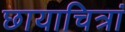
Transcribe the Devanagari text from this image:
छायाचित्रां